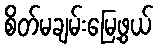
စိတ်မချမ်းမြေ့ဖွယ်